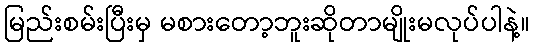
မြည်းစမ်းပြီးမှ မစားတော့ဘူးဆိုတာမျိုးမလုပ်ပါနဲ့။